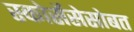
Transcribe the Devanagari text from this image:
स्कोर्सेसेसोबत